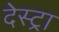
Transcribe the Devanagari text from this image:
देस्ट्रा